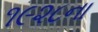
૧૯૨૮ના